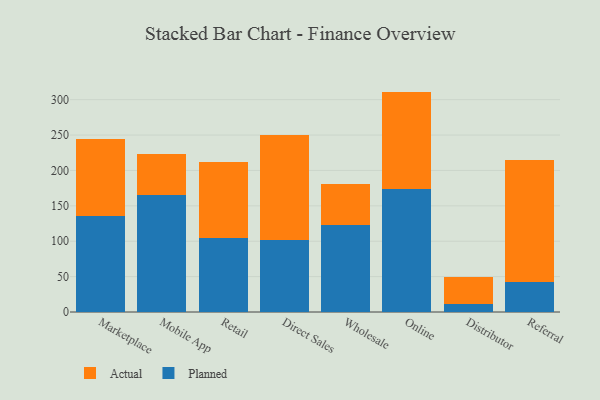
{"axis": {"x": "Channel", "y": "Operating Costs (USD K)"}, "legend": ["Actual", "Planned"], "data": [{"x": "Marketplace", "y": 135.8, "type": "Planned"}, {"x": "Marketplace", "y": 108.2, "type": "Actual"}, {"x": "Mobile App", "y": 165.9, "type": "Planned"}, {"x": "Mobile App", "y": 57.3, "type": "Actual"}, {"x": "Retail", "y": 104.5, "type": "Planned"}, {"x": "Retail", "y": 107.6, "type": "Actual"}, {"x": "Direct Sales", "y": 102.4, "type": "Planned"}, {"x": "Direct Sales", "y": 147.5, "type": "Actual"}, {"x": "Wholesale", "y": 122.6, "type": "Planned"}, {"x": "Wholesale", "y": 58.2, "type": "Actual"}, {"x": "Online", "y": 173.8, "type": "Planned"}, {"x": "Online", "y": 137.6, "type": "Actual"}, {"x": "Distributor", "y": 12.0, "type": "Planned"}, {"x": "Distributor", "y": 37.7, "type": "Actual"}, {"x": "Referral", "y": 42.4, "type": "Planned"}, {"x": "Referral", "y": 172.2, "type": "Actual"}]}